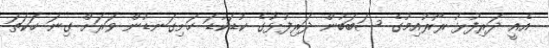
އެއީ ދަރިފުޅު ރޯރުއިމުގެ ސަބަބުން ދަރިފުޅުގެ ކުޑަކުޑަ ހަށިގަނޑުން ވަރަށް ގިނަ ހަކަތަ